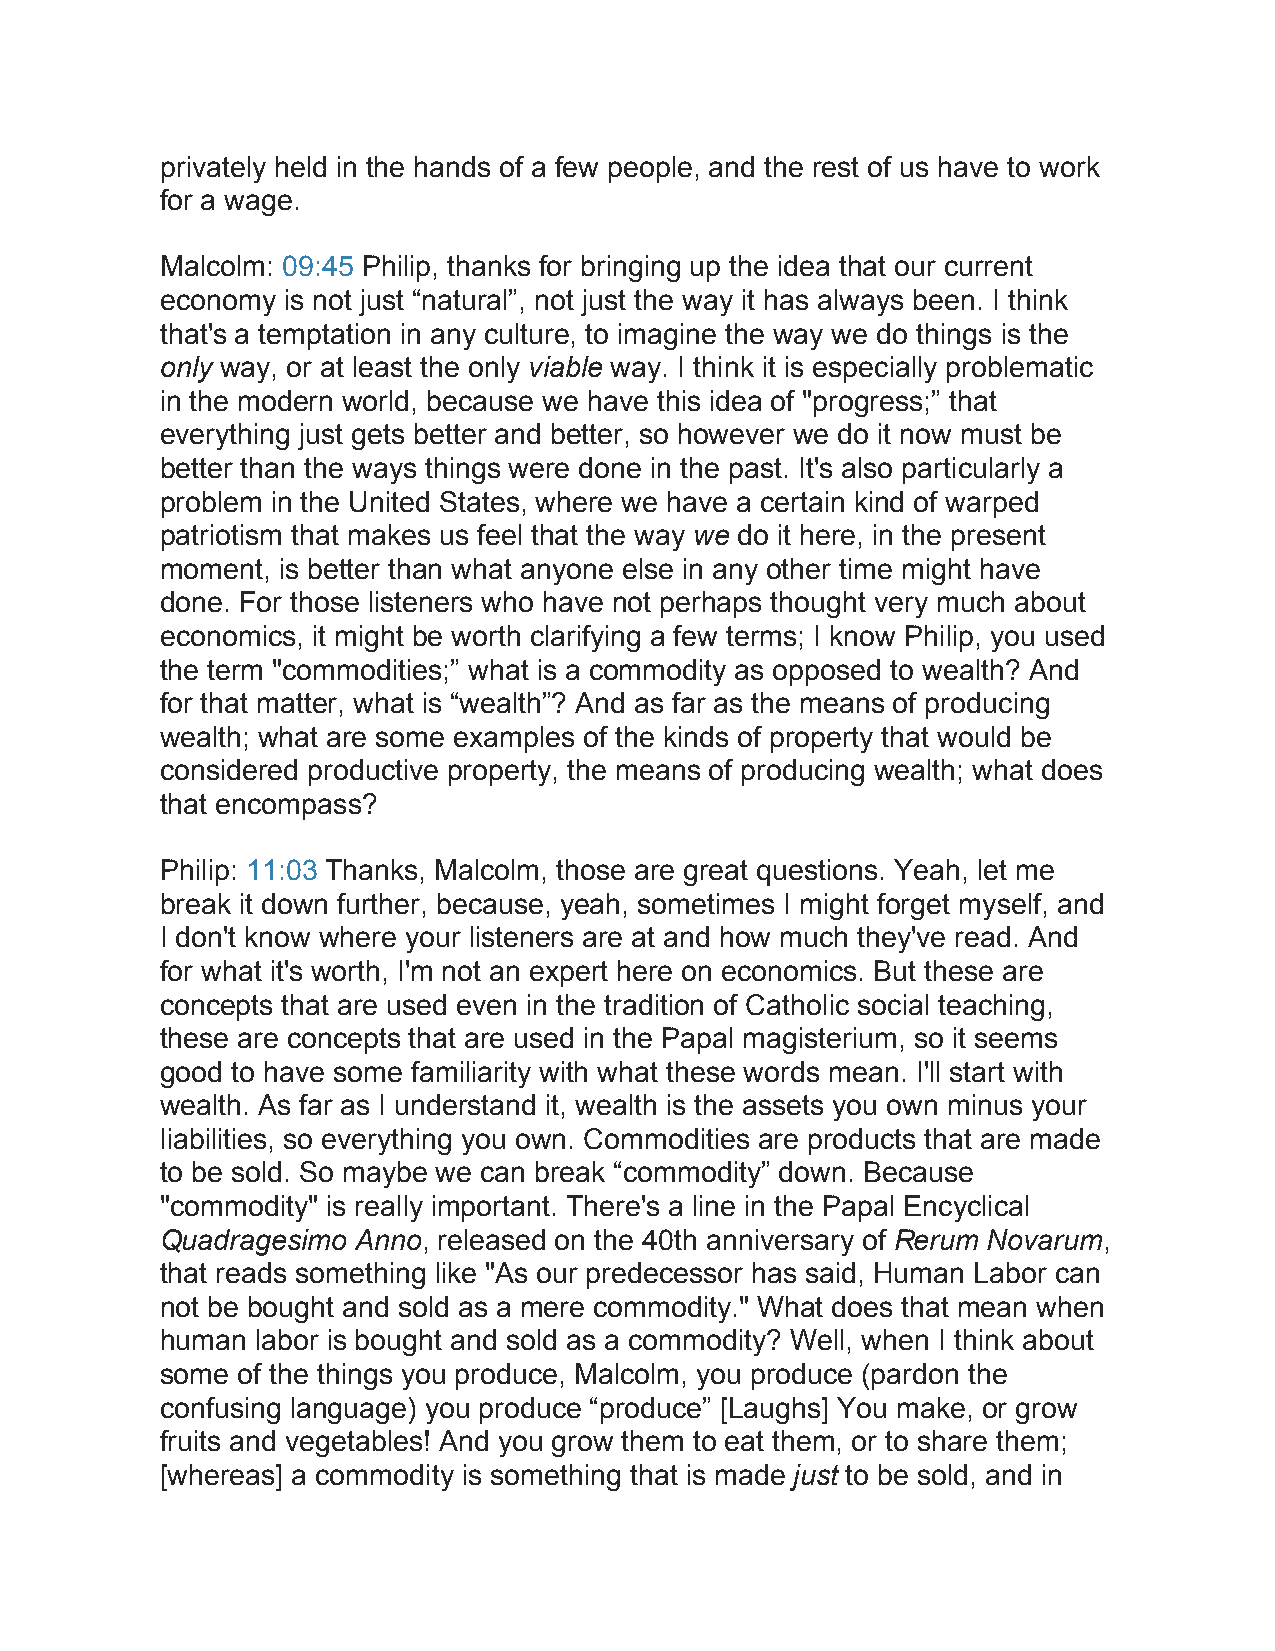
privately held in the hands of a few people, and the rest of us have to work
 for a wage.
 Malcolm: 09:45 Philip, thanks for bringing up the idea that our current
 economy is not just “natural”, not just the way it has always been. I think
 that's a temptation in any culture, to imagine the way we do things is the
 only way, or at least the only viable way. I think it is especially problematic
 in the modern world, because we have this idea of "progress;” that
 everything just gets better and better, so however we do it now must be
 better than the ways things were done in the past. It's also particularly a
 problem in the United States, where we have a certain kind of warped
 patriotism that makes us feel that the way we do it here, in the present
 moment, is better than what anyone else in any other time might have
 done. For those listeners who have not perhaps thought very much about
 economics, it might be worth clarifying a few terms; I know Philip, you used
 the term "commodities;” what is a commodity as opposed to wealth? And
 for that matter, what is “wealth”? And as far as the means of producing
 wealth; what are some examples of the kinds of property that would be
 considered productive property, the means of producing wealth; what does
 that encompass?
 Philip: 11:03 Thanks, Malcolm, those are great questions. Yeah, let me
 break it down further, because, yeah, sometimes I might forget myself, and
 I don't know where your listeners are at and how much they've read. And
 for what it's worth, I'm not an expert here on economics. But these are
 concepts that are used even in the tradition of Catholic social teaching,
 these are concepts that are used in the Papal magisterium, so it seems
 good to have some familiarity with what these words mean. I'll start with
 wealth. As far as I understand it, wealth is the assets you own minus your
 liabilities, so everything you own. Commodities are products that are made
 to be sold. So maybe we can break “commodity” down. Because
 "commodity" is really important. There's a line in the Papal Encyclical
 Quadragesimo Anno, released on the 40th anniversary of Rerum Novarum,
 that reads something like "As our predecessor has said, Human Labor can
 not be bought and sold as a mere commodity." What does that mean when
 human labor is bought and sold as a commodity? Well, when I think about
 some of the things you produce, Malcolm, you produce (pardon the
 confusing language) you produce “produce” [Laughs] You make, or grow
 fruits and vegetables! And you grow them to eat them, or to share them;
 [whereas] a commodity is something that is made just to be sold, and in